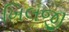
ખિલજી